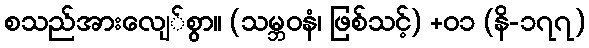
စသည်အားလျေ်စွာ။ (သမ္ဘဝနံ၊ ဖြစ်သင့်) +၀၁ (နိ-၁၇၇)